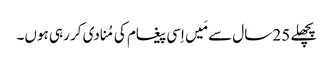
‏ پچھلے 25 سال سے مَیں اِسی پیغام کی مُنادی کر رہی ہوں۔